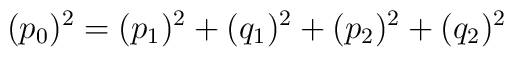
(p_0)^2 = (p_1)^2 + (q_1)^2+ (p_2)^2 + (q_2)^2